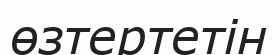
өзтертетін